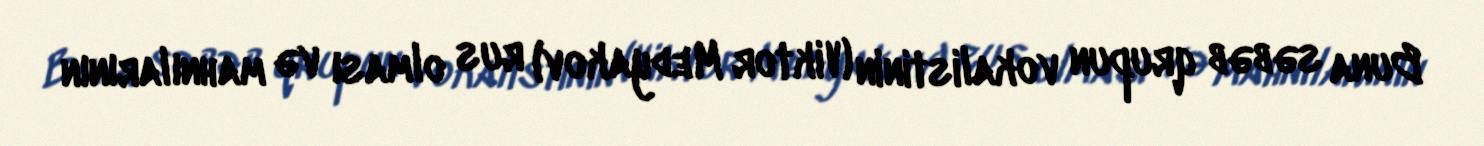
Buna səbəb qrupun vokalistinin (Viktor Medyakov) rus olması və mahnılarının